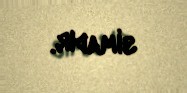
simadır.